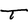
Character: T